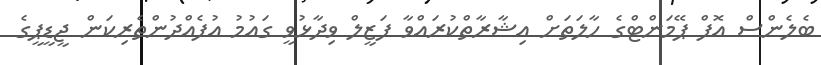
ބެލެންސް އޮފް ޕޭމަންޓްގެ ހާލަތަށް އިޝާރާތްކުރައްވާ ފަޒީލް ވިދާޅުވީ ގައުމު އުފެއްދުންތެރިކަން ޖީޑީޕީގެ